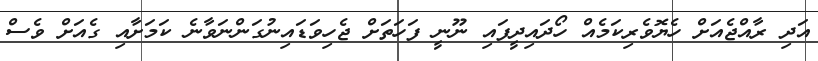
އަދި ރާއްޖެއަށް ހެޔޮވެރިކަމެއް ހޯދައިދީފައި ނޫނީ ފަހަތަށް ޖެހިވަޑައިނުގަންނަވާނެ ކަމަށާއި ގެއަށް ވެސް